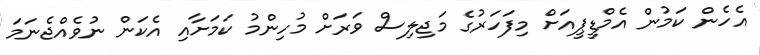
އެހެން ކަމުން އެމްޑީޕީއަށް މިފަހަރުގެ މަޖިލިސް ވަރަށް މުހިންމު ކަމަށާއި އެކަން ނުވެއްޖެނަމަ